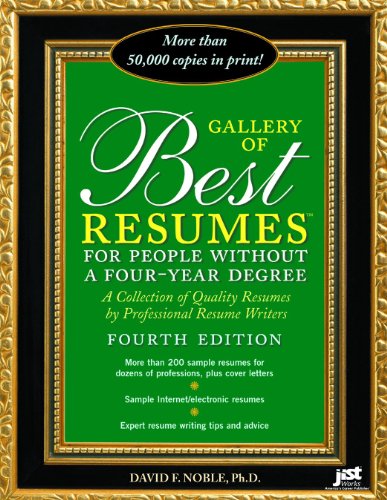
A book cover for Gallery of Best Resumes for People Without a Four-Year Degree; David F. Noble; Business & Money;